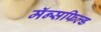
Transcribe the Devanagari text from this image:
मॅन्सफिल्ड